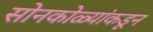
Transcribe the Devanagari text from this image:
सोनकोळ्यांकडून